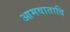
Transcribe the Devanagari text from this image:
आमवातादि